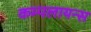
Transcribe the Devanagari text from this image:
कम्पलायन्स